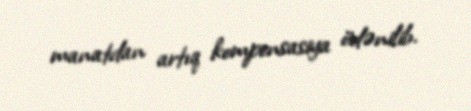
manatdan artıq kompensasiya ödənilib.